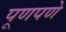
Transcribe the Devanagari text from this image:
पूणपणे